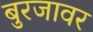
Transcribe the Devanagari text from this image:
बुरजावर